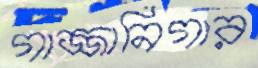
গাজ্জানিগার